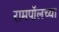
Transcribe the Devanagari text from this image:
रामपॉलच्या